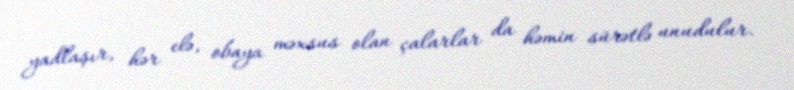
yadlaşır, hər elə, obaya məxsus olan çalarlar da həmin sürətlə unudulur.